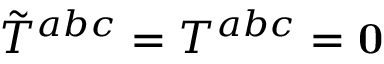
\tilde { T } ^ { a b c } = T ^ { a b c } = \mathbf { 0 }